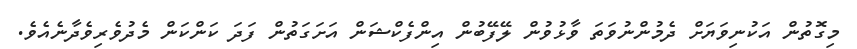
މިގޮތުން އަކުނިވަޔަށް ދެމުންނުވަތަ ވާޅުވުން ލޭފޭބުން އިންފެކްޝަން އަށަގަތުން ފަދަ ކަންކަން މެދުވެރިވެދާނެއެވެ.